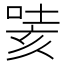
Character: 𭈯